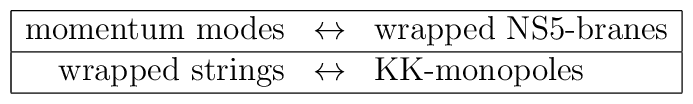
\begin{array}{|rcl|}\hline \mbox{momentum modes} & \leftrightarrow & \mbox{wrapped NS5-branes}\\\hline \mbox{wrapped strings} & \leftrightarrow & \mbox{KK-monopoles}\\\hline \end{array}